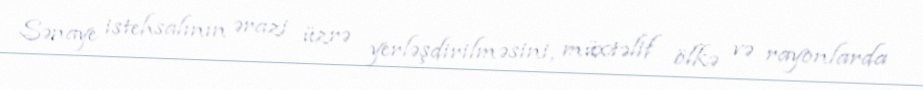
Sənaye istehsalının ərazi üzrə yerləşdirilməsini, müxtəlif ölkə və rayonlarda